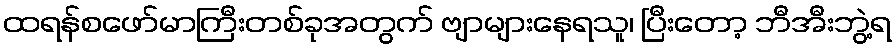
ထရန်စဖော်မာကြီးတစ်ခုအတွက် ဗျာများနေရသူ၊ ပြီးတော့ ဘီအီးဘွဲ့ရ